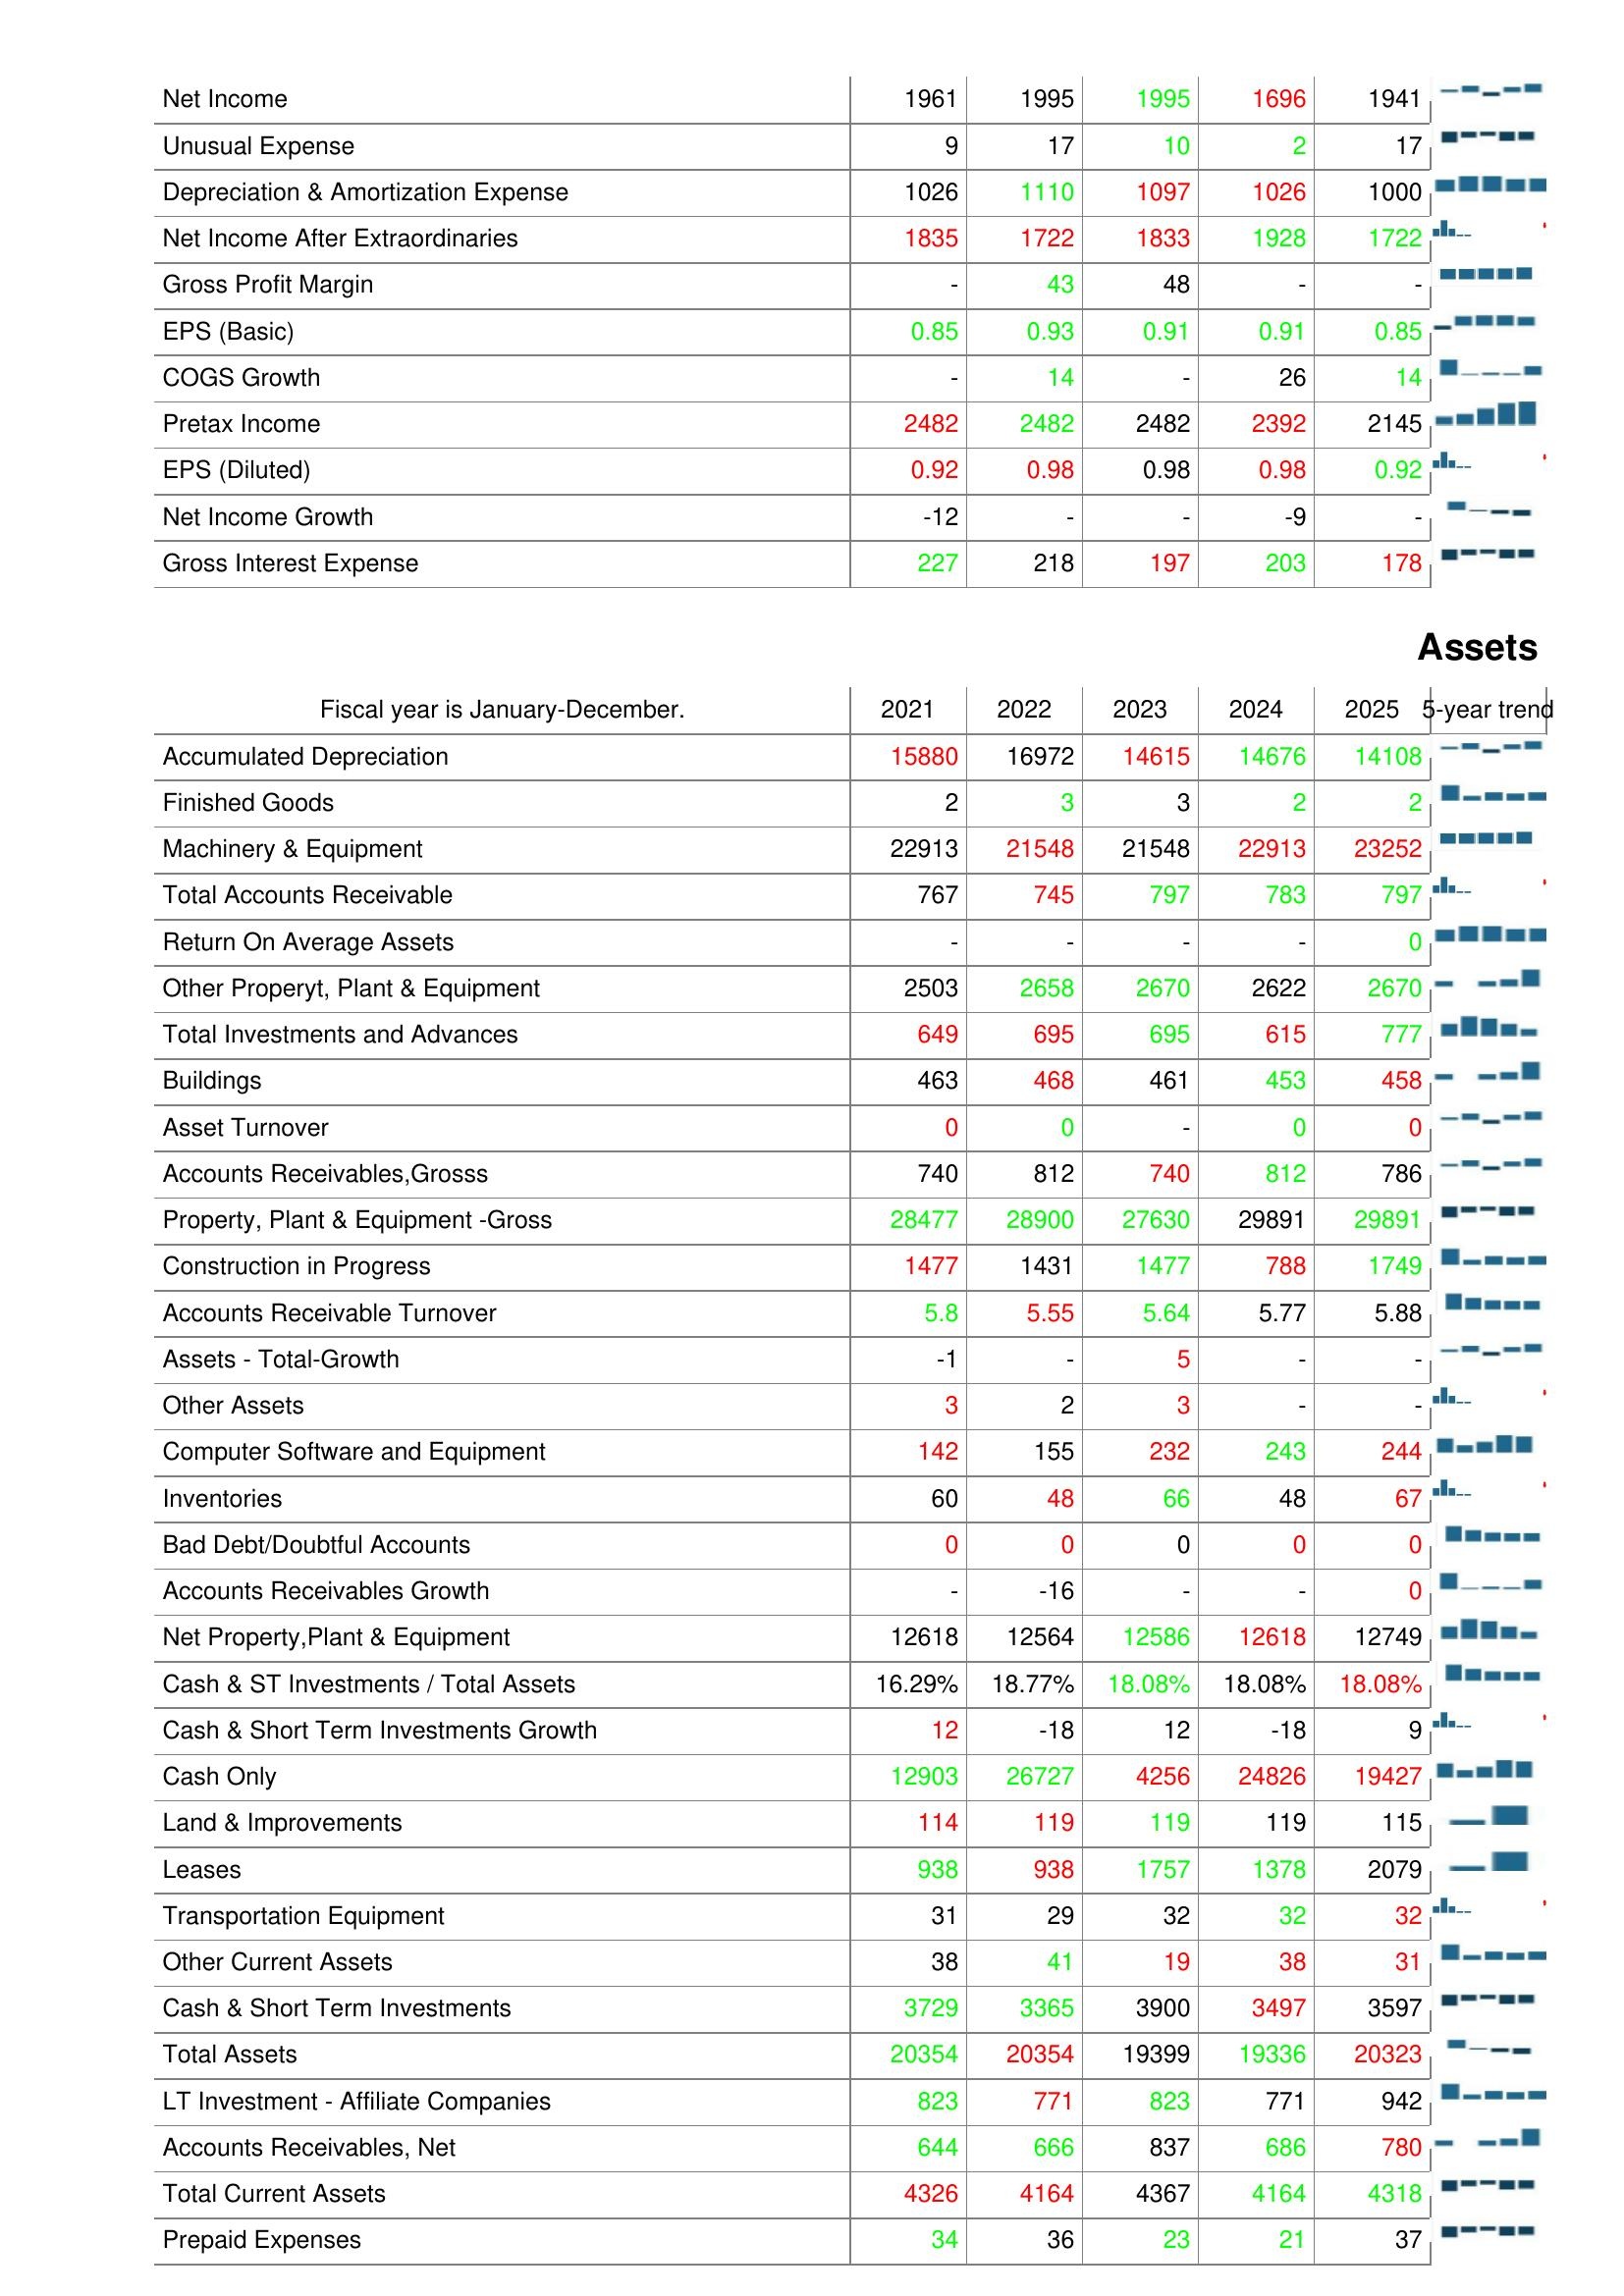
2021: : Net Income: 1961
Unusual Expense: 9
Depreciation & Amortization Expense: 1026
Net Income After Extraordinaries: 1835
Gross Profit Margin: -
EPS (Basic): 0.85
COGS Growth: -
Pretax Income: 2482
EPS (Diluted): 0.92
Net Income Growth: -12
Gross Interest Expense: 227
Assets: Accumulated Depreciation: 15880
Finished Goods: 2
Machinery & Equipment: 22913
Total Accounts Receivable: 767
Return On Average Assets: -
Other Properyt, Plant & Equipment: 2503
Total Investments and Advances: 649
Buildings: 463
Asset Turnover: 0
Accounts Receivables,Grosss: 740
Property, Plant & Equipment -Gross: 28477
Construction in Progress: 1477
Accounts Receivable Turnover: 5.8
Assets - Total-Growth: -1
Other Assets: 3
Computer Software and Equipment: 142
Inventories: 60
Bad Debt/Doubtful Accounts: 0
Accounts Receivables Growth: -
Net Property,Plant & Equipment: 12618
Cash & ST Investments / Total Assets: 16.29%
Cash & Short Term Investments Growth: 12
Cash Only: 12903
Land & Improvements: 114
Leases: 938
Transportation Equipment: 31
Other Current Assets: 38
Cash & Short Term Investments: 3729
Total Assets: 20354
LT Investment - Affiliate Companies: 823
Accounts Receivables, Net: 644
Total Current Assets: 4326
Prepaid Expenses: 34
2022: : Net Income: 1995
Unusual Expense: 17
Depreciation & Amortization Expense: 1110
Net Income After Extraordinaries: 1722
Gross Profit Margin: 43
EPS (Basic): 0.93
COGS Growth: 14
Pretax Income: 2482
EPS (Diluted): 0.98
Net Income Growth: -
Gross Interest Expense: 218
Assets: Accumulated Depreciation: 16972
Finished Goods: 3
Machinery & Equipment: 21548
Total Accounts Receivable: 745
Return On Average Assets: -
Other Properyt, Plant & Equipment: 2658
Total Investments and Advances: 695
Buildings: 468
Asset Turnover: 0
Accounts Receivables,Grosss: 812
Property, Plant & Equipment -Gross: 28900
Construction in Progress: 1431
Accounts Receivable Turnover: 5.55
Assets - Total-Growth: -
Other Assets: 2
Computer Software and Equipment: 155
Inventories: 48
Bad Debt/Doubtful Accounts: 0
Accounts Receivables Growth: -16
Net Property,Plant & Equipment: 12564
Cash & ST Investments / Total Assets: 18.77%
Cash & Short Term Investments Growth: -18
Cash Only: 26727
Land & Improvements: 119
Leases: 938
Transportation Equipment: 29
Other Current Assets: 41
Cash & Short Term Investments: 3365
Total Assets: 20354
LT Investment - Affiliate Companies: 771
Accounts Receivables, Net: 666
Total Current Assets: 4164
Prepaid Expenses: 36
2023: : Net Income: 1995
Unusual Expense: 10
Depreciation & Amortization Expense: 1097
Net Income After Extraordinaries: 1833
Gross Profit Margin: 48
EPS (Basic): 0.91
COGS Growth: -
Pretax Income: 2482
EPS (Diluted): 0.98
Net Income Growth: -
Gross Interest Expense: 197
Assets: Accumulated Depreciation: 14615
Finished Goods: 3
Machinery & Equipment: 21548
Total Accounts Receivable: 797
Return On Average Assets: -
Other Properyt, Plant & Equipment: 2670
Total Investments and Advances: 695
Buildings: 461
Asset Turnover: -
Accounts Receivables,Grosss: 740
Property, Plant & Equipment -Gross: 27630
Construction in Progress: 1477
Accounts Receivable Turnover: 5.64
Assets - Total-Growth: 5
Other Assets: 3
Computer Software and Equipment: 232
Inventories: 66
Bad Debt/Doubtful Accounts: 0
Accounts Receivables Growth: -
Net Property,Plant & Equipment: 12586
Cash & ST Investments / Total Assets: 18.08%
Cash & Short Term Investments Growth: 12
Cash Only: 4256
Land & Improvements: 119
Leases: 1757
Transportation Equipment: 32
Other Current Assets: 19
Cash & Short Term Investments: 3900
Total Assets: 19399
LT Investment - Affiliate Companies: 823
Accounts Receivables, Net: 837
Total Current Assets: 4367
Prepaid Expenses: 23
2024: : Net Income: 1696
Unusual Expense: 2
Depreciation & Amortization Expense: 1026
Net Income After Extraordinaries: 1928
Gross Profit Margin: -
EPS (Basic): 0.91
COGS Growth: 26
Pretax Income: 2392
EPS (Diluted): 0.98
Net Income Growth: -9
Gross Interest Expense: 203
Assets: Accumulated Depreciation: 14676
Finished Goods: 2
Machinery & Equipment: 22913
Total Accounts Receivable: 783
Return On Average Assets: -
Other Properyt, Plant & Equipment: 2622
Total Investments and Advances: 615
Buildings: 453
Asset Turnover: 0
Accounts Receivables,Grosss: 812
Property, Plant & Equipment -Gross: 29891
Construction in Progress: 788
Accounts Receivable Turnover: 5.77
Assets - Total-Growth: -
Other Assets: -
Computer Software and Equipment: 243
Inventories: 48
Bad Debt/Doubtful Accounts: 0
Accounts Receivables Growth: -
Net Property,Plant & Equipment: 12618
Cash & ST Investments / Total Assets: 18.08%
Cash & Short Term Investments Growth: -18
Cash Only: 24826
Land & Improvements: 119
Leases: 1378
Transportation Equipment: 32
Other Current Assets: 38
Cash & Short Term Investments: 3497
Total Assets: 19336
LT Investment - Affiliate Companies: 771
Accounts Receivables, Net: 686
Total Current Assets: 4164
Prepaid Expenses: 21
2025: : Net Income: 1941
Unusual Expense: 17
Depreciation & Amortization Expense: 1000
Net Income After Extraordinaries: 1722
Gross Profit Margin: -
EPS (Basic): 0.85
COGS Growth: 14
Pretax Income: 2145
EPS (Diluted): 0.92
Net Income Growth: -
Gross Interest Expense: 178
Assets: Accumulated Depreciation: 14108
Finished Goods: 2
Machinery & Equipment: 23252
Total Accounts Receivable: 797
Return On Average Assets: 0
Other Properyt, Plant & Equipment: 2670
Total Investments and Advances: 777
Buildings: 458
Asset Turnover: 0
Accounts Receivables,Grosss: 786
Property, Plant & Equipment -Gross: 29891
Construction in Progress: 1749
Accounts Receivable Turnover: 5.88
Assets - Total-Growth: -
Other Assets: -
Computer Software and Equipment: 244
Inventories: 67
Bad Debt/Doubtful Accounts: 0
Accounts Receivables Growth: 0
Net Property,Plant & Equipment: 12749
Cash & ST Investments / Total Assets: 18.08%
Cash & Short Term Investments Growth: 9
Cash Only: 19427
Land & Improvements: 115
Leases: 2079
Transportation Equipment: 32
Other Current Assets: 31
Cash & Short Term Investments: 3597
Total Assets: 20323
LT Investment - Affiliate Companies: 942
Accounts Receivables, Net: 780
Total Current Assets: 4318
Prepaid Expenses: 37